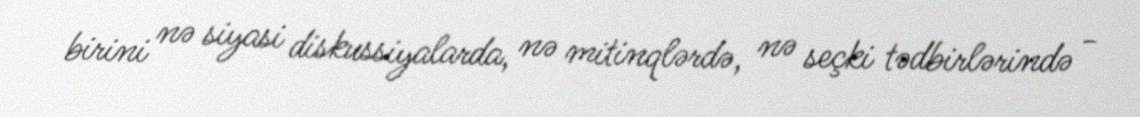
birini nə siyasi diskussiyalarda, nə mitinqlərdə, nə seçki tədbirlərində -